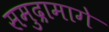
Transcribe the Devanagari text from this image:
समुद्रामागे